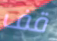
قف